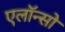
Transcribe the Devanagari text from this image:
एलॉन्सो